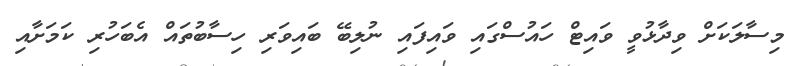
މިސާލަކަށް ވިދާޅުވީ ވައިޓް ހައުސްގައި ވައިފައި ނުލިބޭ ބައިވަރި ހިސާބުތައް އެބަހުރި ކަަމަށާއި